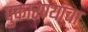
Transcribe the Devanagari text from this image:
पुकारण्याचा